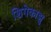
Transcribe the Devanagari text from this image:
शिगेकाझु